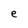
Character: e